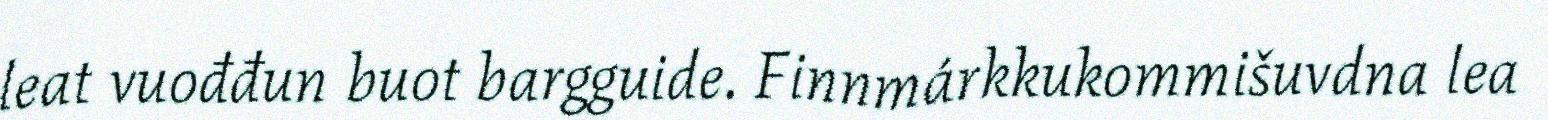
leat vuođđun buot bargguide. Finnmárkkukommišuvdna lea